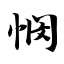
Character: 悯